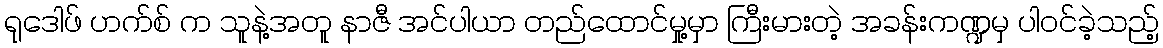
ရုဒေါဖ် ဟက်စ် က သူနဲ့အတူ နာဇီ အင်ပါယာ တည်ထောင်မှု့မှာ ကြီးမားတဲ့ အခန်းကဏ္ဍမှ ပါဝင်ခဲ့သည့်